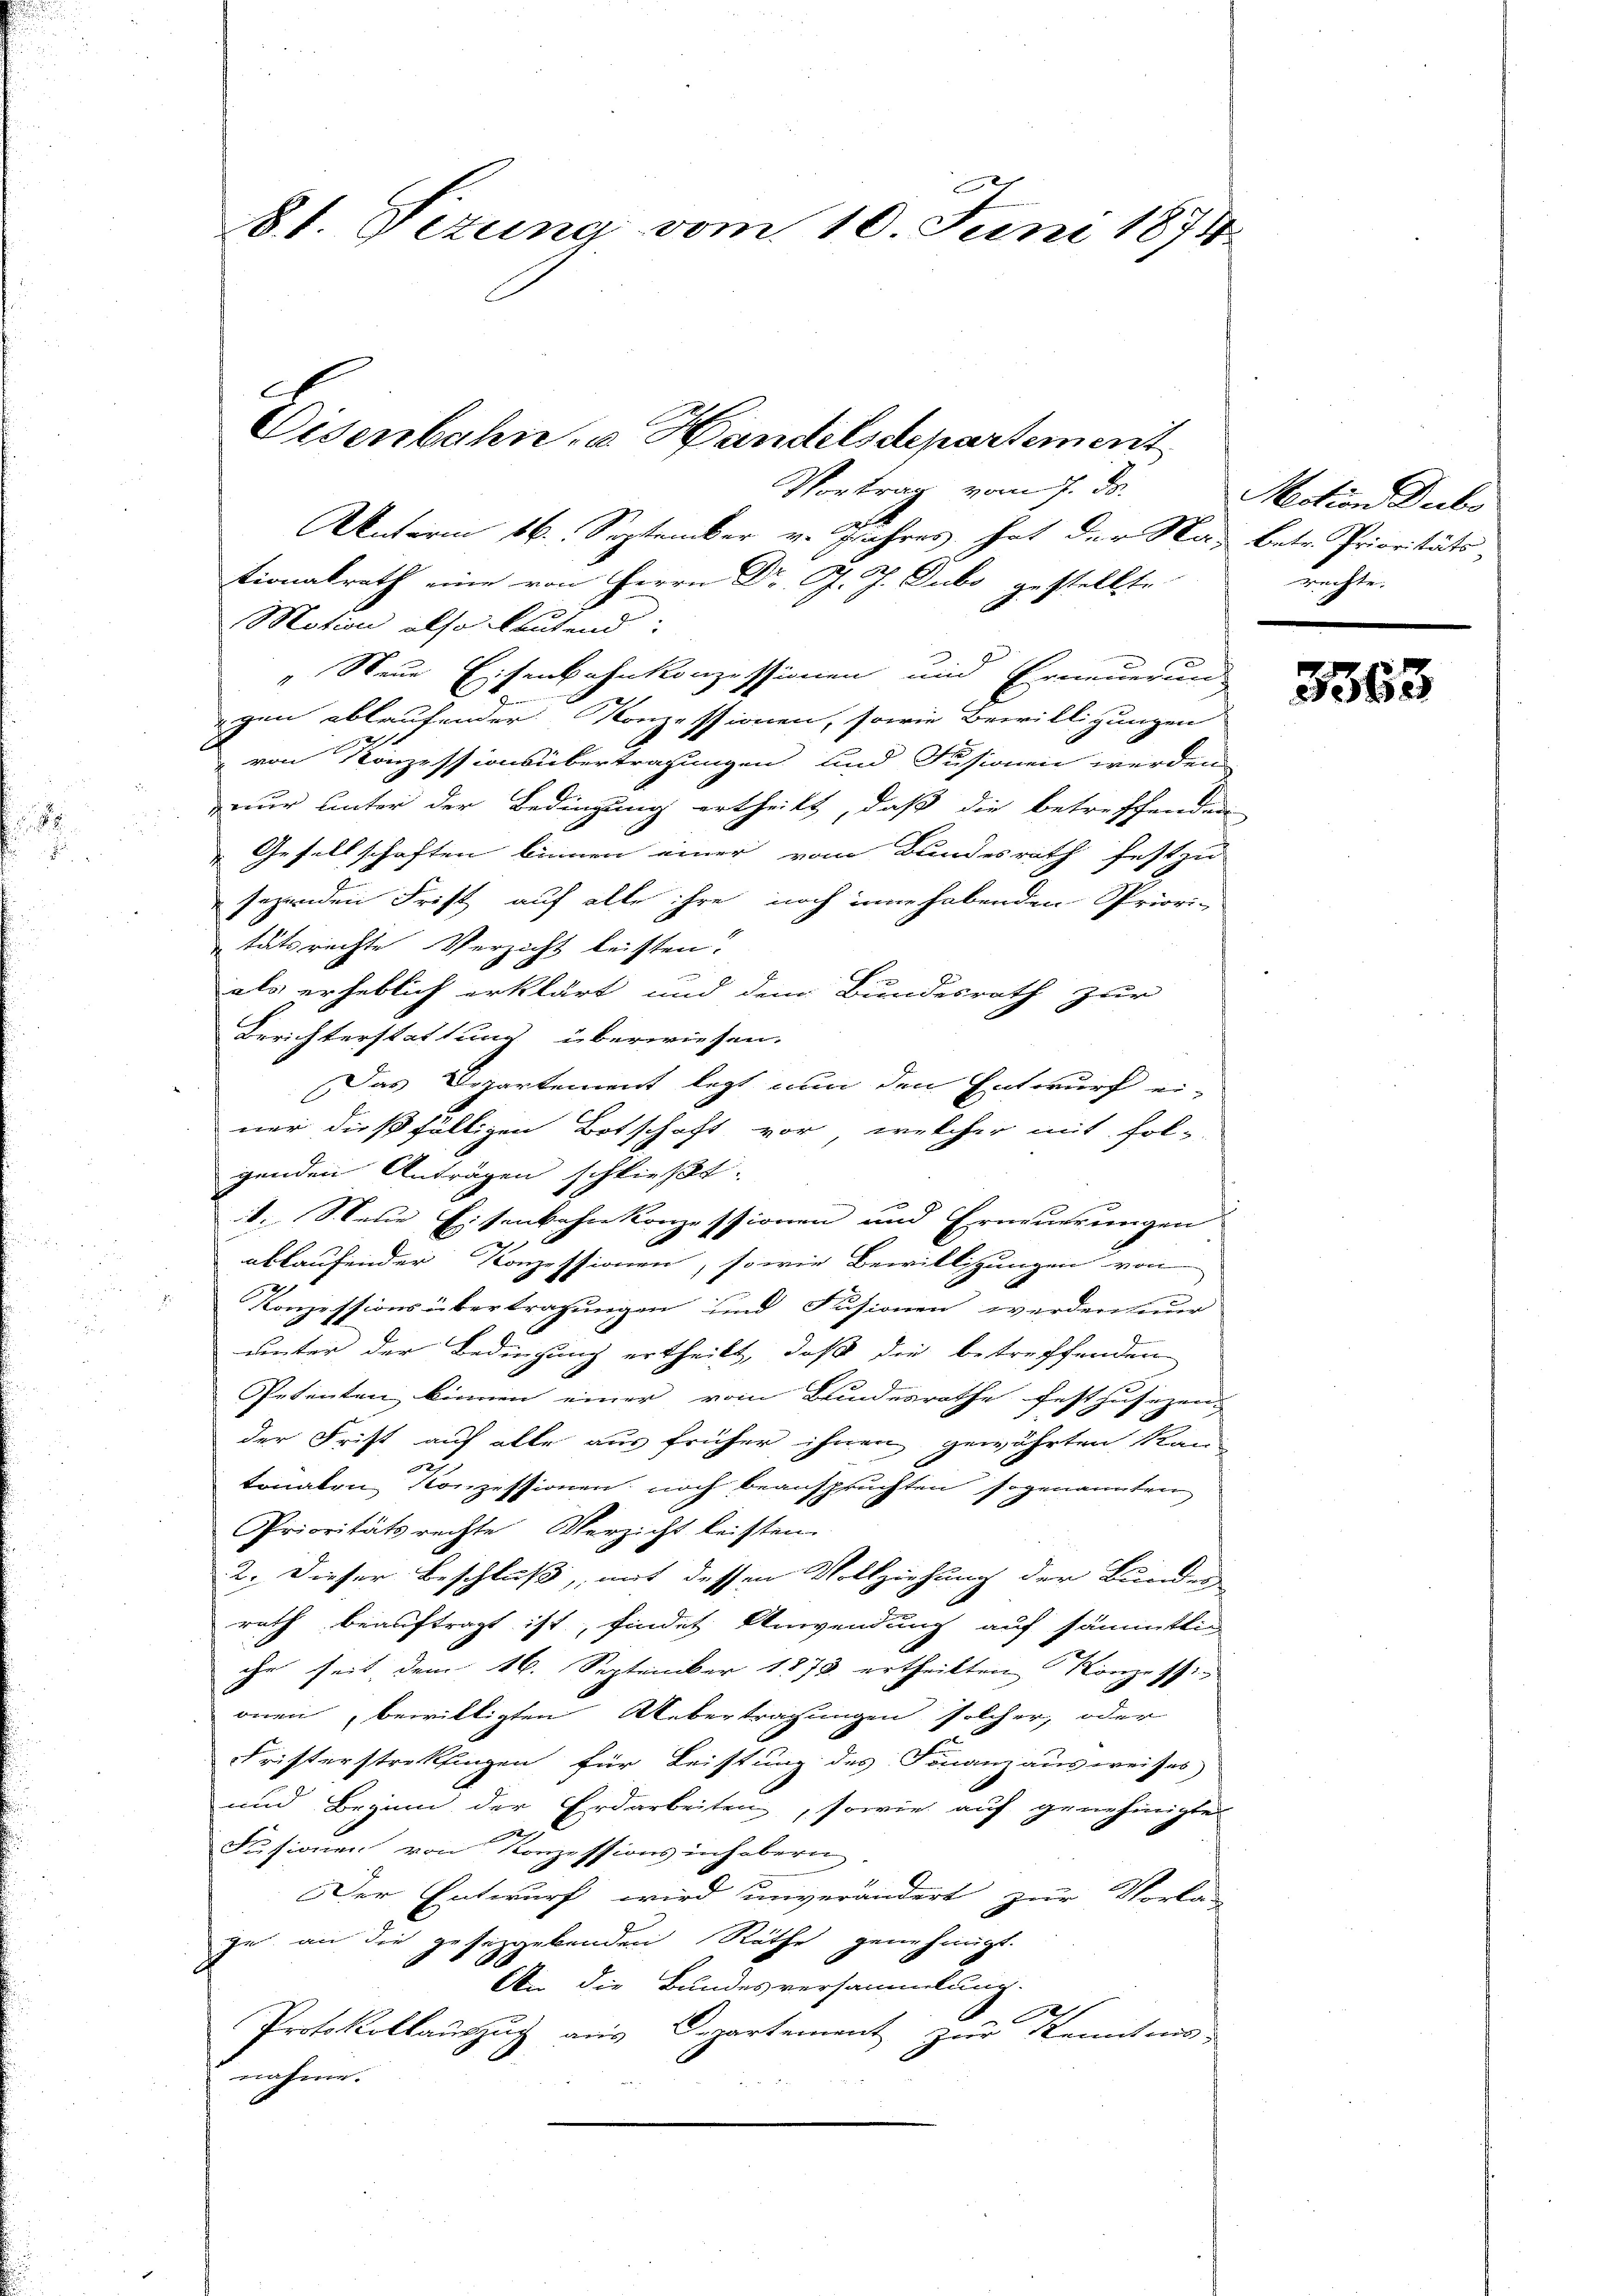
8t. Sizung vom 10. Juni 1874

tionalrath eine von Herrn Dr. J. J. Subo gestellte.
Motion also lautend:
„Neue Eisenbahnkonzessionen und Erneuerung
2
egen ablaufender Konzessionen, sowie Bewilligungen
 von Konzessionsübertragungen und Fusionen werden
nur unter der Bedingung ertheilt, daß die betreffenden
Gesellschaften binnen einer vom Bundesrath festzu
sezenden Frist auf alle ihre noch in habenden Priori-
tätsrechte Verzicht leisten?
als erheblich erklärt und dem Bundesrath zur
Berichterstattung überwiesen.
Das Departement legt nun den Entwurf ei-
ner dießfälligen Botschaft vor, welcher mit fol-
genden Anträgen schließt:
1. Steue Eisenbahnkonzessionen und Erneuerungen
ablaufender Konzessionen, sowie Bewilligungen von
Konzessions übertragungen und Fusionen werdener
unter der Bedingung ertheilt, daß die betreffenden
Petenten binnen einer vom Bundesrathe fes
Zersezung |
der Frist auf alle aus früher ihnen gewährten Kan-
3
tonalen Konzessionen noch beanspruchten sogenannten
Prioritätsrechte Verzicht leisten.
2. Dieser Beschluß, mit dessen Vollziehung der Bundes-
rath beauftragt ist, findet Anwendung auf sämmtlic
che seit dem 16. September 1873 ertheilten Konzessi
onen, bewilligten Übertragungen solcher, oder
Fristerstraktingen für Leistung des Finanzausweises
und Beginn der Erdarbeiten, sowie auf genehmigte
Sessionen von Konzessionsinhabern
Der Entwurf wird unverändert zur Vorlas
ge an die gesetzgebenden Räthe genehmigt.
An die Bundesversammlung.
Protokollauszug aus Departement zur Kenntnis-
nahme.

Disenbahn u. Handelsdepartement
Vortrag vom 7. ds.
Unterm 16. September v. Jahres hat der Na- betr. Prioritäts-

Mection Dubs
uchte.

3363